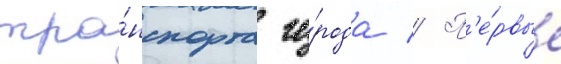
тра́нспорта го́рода // П'е́рвые